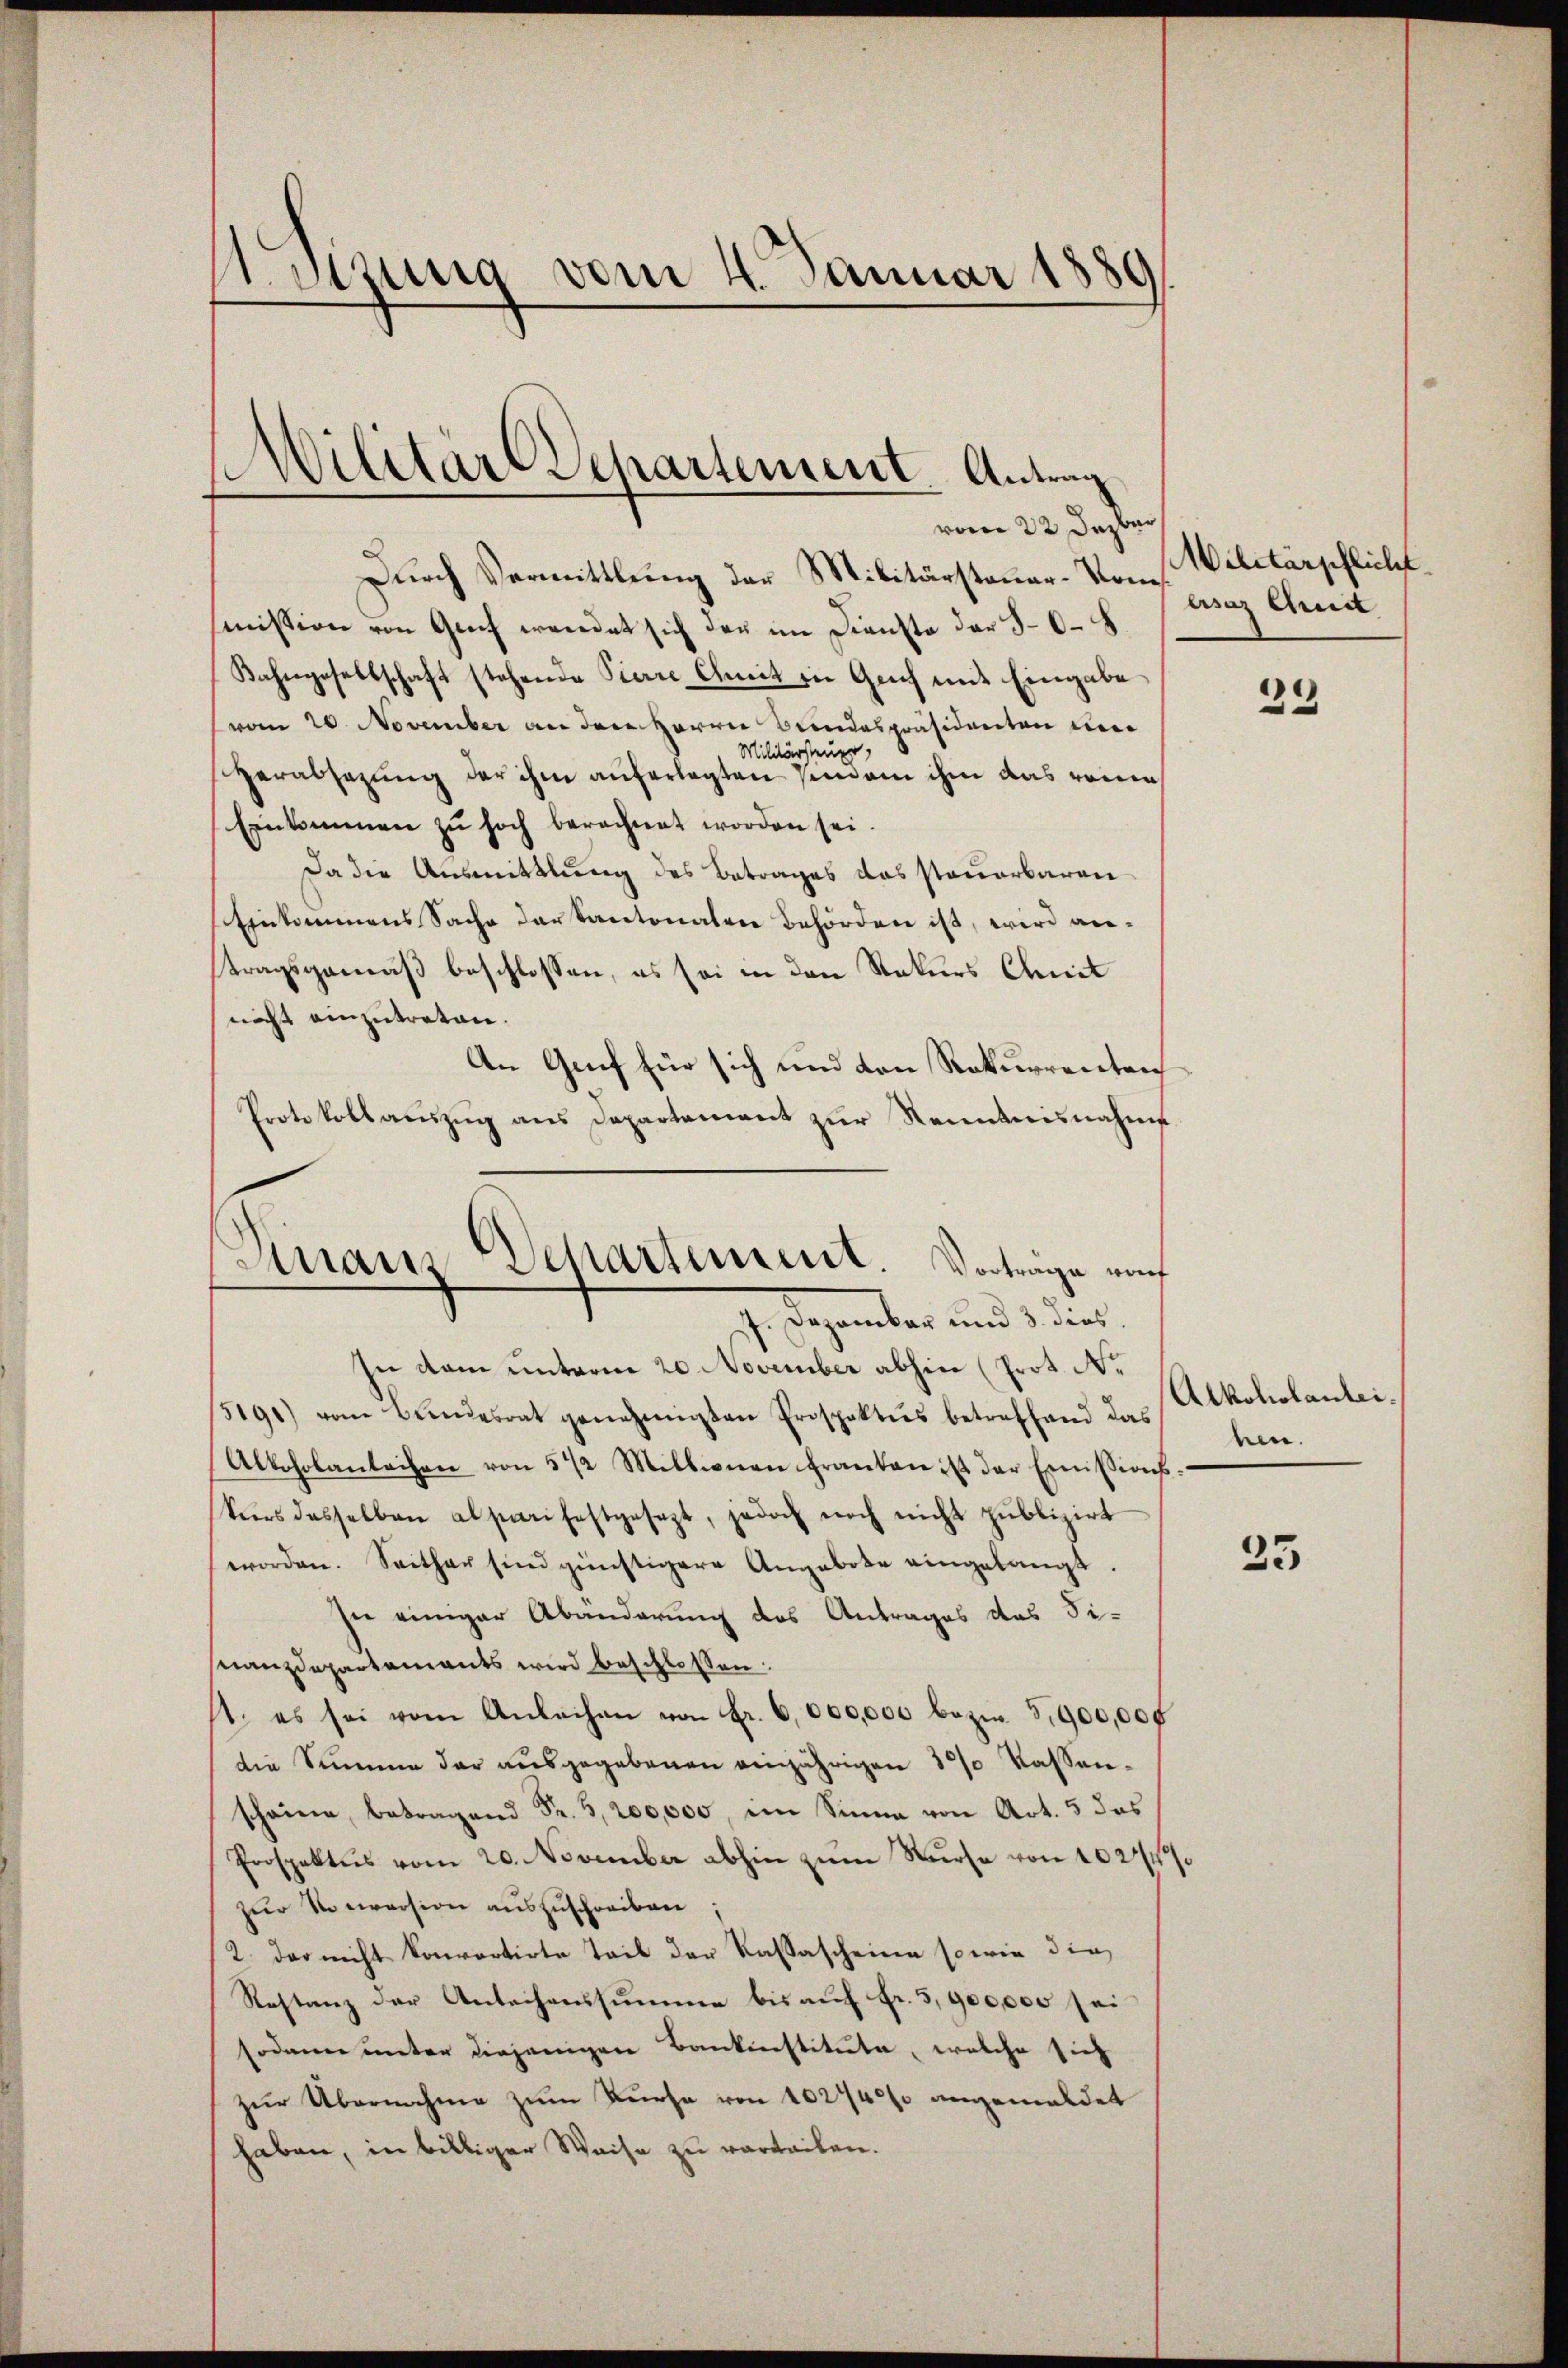
1. Denung vom 4. Januar 1889

)
Wilitäre Departement Antrag

Dinaus Departement. Vorträge auch

vom 22. Dezbr
Durch Vermittlung der Militärsteuer-Kommission von Genf wendet sich der im Dienste der 50. 8
Bahngesellschaft stehende Pierre Comit in Geich mit Eingabe
vom 20. November an dem Herrn Bundespräsidenten ei
Militärsteuer,
verabsazung der ihm auferlegten senden ihm das rein
Einkommen zŭ hoch berechnet worden sei.
Da die Ausmittlung des Betrages das steuerbaren
Einkommens Sache der Kantonalen Behörden ist, wird antragsgemäß beschlossen, es sei in den Rekurs Chemnit
nicht einzutreten.
An Grif für sich und den Rekurrenten
Protokollauszug aus Departement zur Kenntnisnahme
J. Dezember und 3 dies
in dem unterm 20. November abhin (Prot. N.
5191) vom Bundesrat genehmigten Prospaktus betreffend das
Alkoholantechen von 5 1/2 Millionen franten ist der Emissions-
kurs desselben alpinifestgesezt, jedoch noch nicht publizirt
worden. Seither sind günstigere Angebote eingelangt.
In einiger Abänderung des Antrages des Fi-
nanzdepartaments wird beschlossen:
1. es sei vom Anleihen von Fr. 6,000,000 bezw. 5,900,000
die Summer der ausgegebenen einjährigen 3/ Kassenschon betragen Fr. 200,000, im Sinne von Art. 5 das
Prospektes vom 20. November abhin zum Surse von 10244%
zŭr Vorversion aŭszŭschreiben;
2. der nicht konvertirte Teil der Kassascheine sowie die
Restanz der Antechenssumme bis auf Fr. 3,900000 sei
sodann unter diejenigen Bankenstitute, welche sich
zur Übernahme zum Kurse von 102740% angemeldet
haben, in billiger Weise zu verteilen.

Wilitärpflicht.
esaz Chuit

39

Alkoliolanteiein.

23